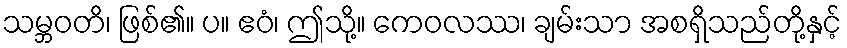
သမ္ဘဝတိ၊ ဖြစ်၏။ ပ။ ဧဝံ၊ ဤသို့။ ကေဝလဿ၊ ချမ်းသာ အစရှိသည်တို့နှင့်